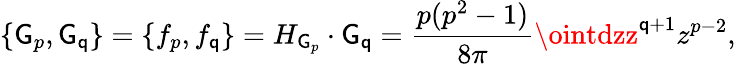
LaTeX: \{ \mathsf{G}_{p},\mathsf{G}_{\mathsf{q}}\} =\{ f_{p},f_{\mathsf{q}}\} =H_{\mathsf{G}_{p}}\cdot\mathsf{G}_{\mathsf{q}}={\frac{{p(p^{2}-1)}}{{8\pi}}}\ointdzz^{\mathsf{q}+1}z^{p-2},